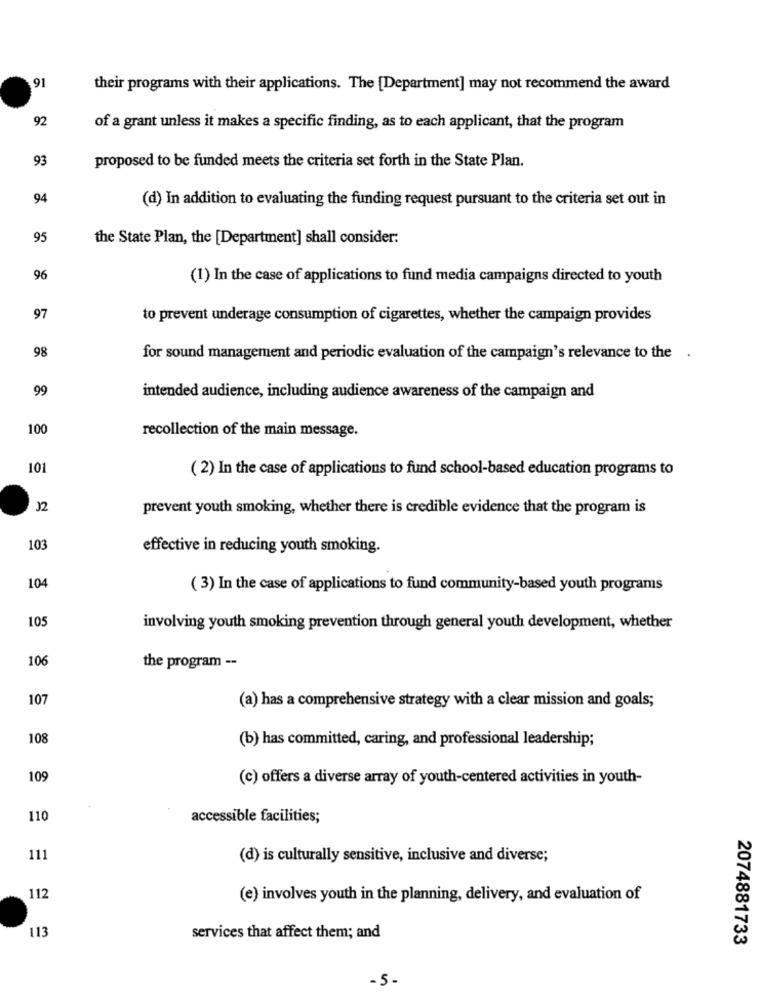
91
their programs with their applications. The [Department] may not recommend the award
92
of a grant unless it makes a specific finding, as to each applicant, that the program
93
proposed to be funded meets the criteria set forth in the State Plan.
94
(d) In addition to evaluating the funding request pursuant to the criteria set out in
95
the State Plan, the [Department] shall consider:
96
(1) In the case of applications to fund media campaigns directed to youth
97
to prevent underage consumption of cigarettes, whether the campaign provides
98
for sound management and periodic evaluation of the campaign's relevance to the .
99
intended audience, including audience awareness of the campaign and
100
recollection of the main message.
101
( 2) In the case of applications to fund school-based education programs to
J2
prevent youth smoking, whether there is credible evidence that the program is
103
effective in reducing youth smoking.
104
( 3) In the case of applications to fund community-based youth programs
105
involving youth smoking prevention through general youth development, whether
106
the program --
107
(a) has a comprehensive strategy with a clear mission and goals;
108
(b) has committed, caring, and professional leadership;
109
(c) offers a diverse array of youth-centered activities in youth-
110
accessible facilities;
111
(d) is culturally sensitive, inclusive and diverse;
112
(e) involves youth in the planning, delivery, and evaluation of
113
services that affect them; and
2074881733
-5-